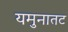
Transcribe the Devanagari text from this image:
यमुनातट